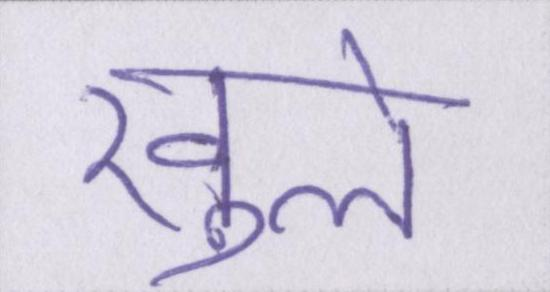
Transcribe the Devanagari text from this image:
खुले